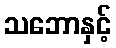
သဘောနှင့်